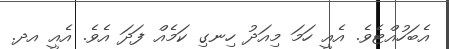
އެބަހުއްޓެވެ. އެއީ ހަމަ މިއަދު ހިނގި ކަމެއް ފަދަ އެވެ. އެއީ އދ.